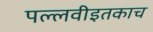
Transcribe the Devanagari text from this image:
पल्लवीइतकाच